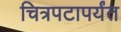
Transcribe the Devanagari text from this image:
चित्रपटापर्यंत